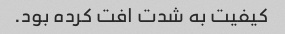
کیفیت به شدت افت کرده بود.